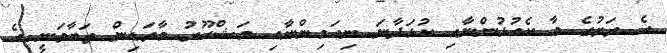
އެ ރަށުގެ މާ ކެއުޅުންނާއި ކުޅަދާނަ ނިއަމިންނާއި މަޝްހޫރު މާވަޑިން ތަބާވަނީ އެ